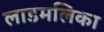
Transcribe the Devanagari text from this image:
लाडमलिका